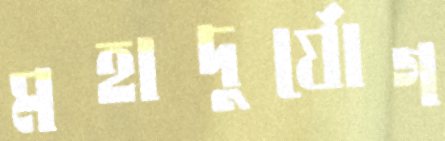
মহাদুর্যোগ